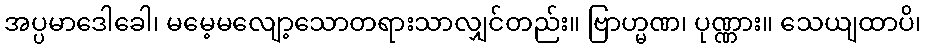
အပ္ပမာဒေါခေါ၊ မမေ့မလျော့သောတရားသာလျှင်တည်း။ ဗြာဟ္မဏ၊ ပုဏ္ဏား။ သေယျထာပိ၊